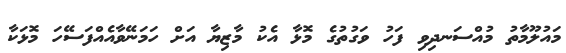
މައުލޫމާތު މުއްސަނދިވި ފަހު ވަގުތުގެ މޮޅާ އެކު މާޒިޔާ އަށް ހަމަނޭވާއެއްފަސޭހަ މޮޅަކާ